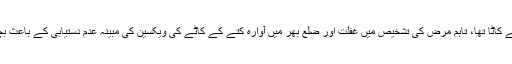
ضلع شکار پور کے نواحی گاؤں داؤد ابڑو کے رہائشی میر حسن کو عید سے دو دن پہلے کتے نے کاٹا تھا، تاہم مرض کی تشخیص میں غفلت اور ضلع بھر میں آوارہ کتے کے کاٹے کی ویکسین کی مبینہ عدم دستیابی کے باعث بچے کی حالت بگڑنے پر لاڑکانہ لایا گیا، جہاں کمشنر آفس کے سامنے اس کی موت واقع ہوگئی۔